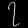
Digit: ၇